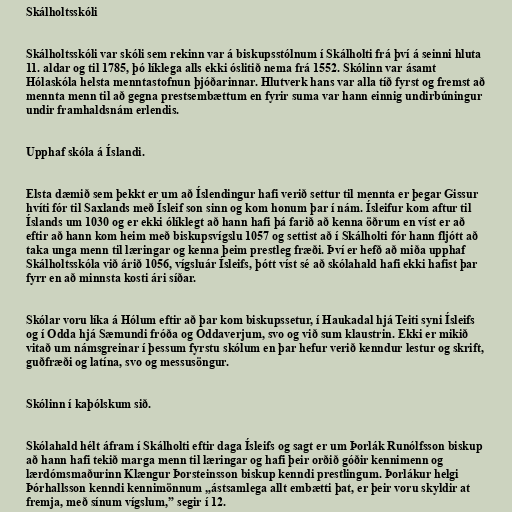
Skálholtsskóli

Skálholtsskóli var skóli sem rekinn var á biskupsstólnum í Skálholti frá því á seinni hluta
11. aldar og til 1785, þó líklega alls ekki óslitið nema frá 1552. Skólinn var ásamt
Hólaskóla helsta menntastofnun þjóðarinnar. Hlutverk hans var alla tíð fyrst og fremst að
mennta menn til að gegna prestsembættum en fyrir suma var hann einnig undirbúningur
undir framhaldsnám erlendis.

Upphaf skóla á Íslandi.

Elsta dæmið sem þekkt er um að Íslendingur hafi verið settur til mennta er þegar Gissur
hvíti fór til Saxlands með Ísleif son sinn og kom honum þar í nám. Ísleifur kom aftur til
Íslands um 1030 og er ekki ólíklegt að hann hafi þá farið að kenna öðrum en víst er að
eftir að hann kom heim með biskupsvígslu 1057 og settist að í Skálholti fór hann fljótt að
taka unga menn til læringar og kenna þeim prestleg fræði. Því er hefð að miða upphaf
Skálholtsskóla við árið 1056, vígsluár Ísleifs, þótt víst sé að skólahald hafi ekki hafist þar
fyrr en að minnsta kosti ári síðar.

Skólar voru líka á Hólum eftir að þar kom biskupssetur, í Haukadal hjá Teiti syni Ísleifs
og í Odda hjá Sæmundi fróða og Oddaverjum, svo og við sum klaustrin. Ekki er mikið
vitað um námsgreinar í þessum fyrstu skólum en þar hefur verið kenndur lestur og skrift,
guðfræði og latína, svo og messusöngur.

Skólinn í kaþólskum sið.

Skólahald hélt áfram í Skálholti eftir daga Ísleifs og sagt er um Þorlák Runólfsson biskup
að hann hafi tekið marga menn til læringar og hafi þeir orðið góðir kennimenn og
lærdómsmaðurinn Klængur Þorsteinsson biskup kenndi prestlingum. Þorlákur helgi
Þórhallsson kenndi kennimönnum „ástsamlega allt embætti þat, er þeir voru skyldir at
fremja, með sínum vígslum,” segir í 12.